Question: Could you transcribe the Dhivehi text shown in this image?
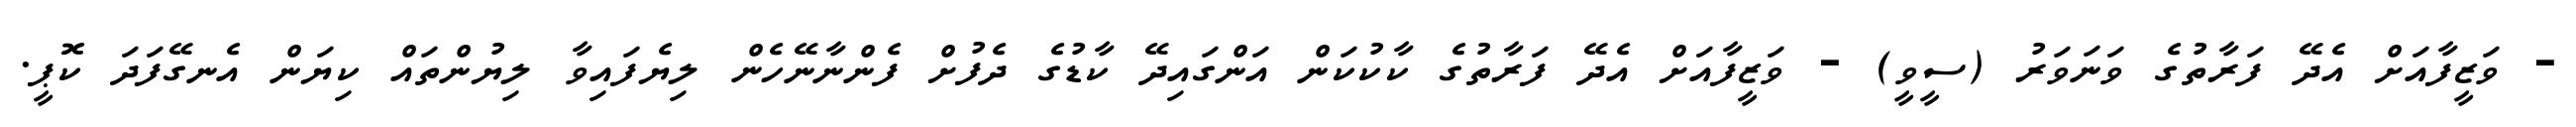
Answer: - ވަޒީފާއަށް އެދޭ ފަރާތުގެ ވަނަވަރު (ސީވީ) - ވަޒީފާއަށް އެދޭ ފަރާތުގެ ކާކުކަން އަންގައިދޭ ކާޑުގެ ދެފުށް ފެންނާނޭހެން ލިޔެފައިވާ ލިޔުންތައް ކިޔަން އެނގޭފަދަ ކޮޕީ.